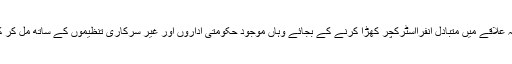
طالبان داعش کی طرح مقبوضہ علاقے میں متبادل انفرااسٹرکچر کھڑا کرنے کے بجائے وہاں موجود حکومتی اداروں اور غیر سرکاری تنظیموں کے ساتھ مل کر کام کرنے کو ترجیح دیتے ہیں۔